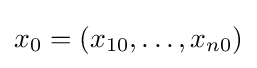
x_{0}=(x_{10},\dots ,x_{n0})